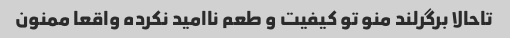
تاحالا برگرلند منو تو کیفیت و طعم ناامید نکرده واقعا ممنون